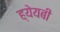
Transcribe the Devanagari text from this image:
ह्येयबी